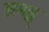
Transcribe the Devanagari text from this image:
अमङ्ग्